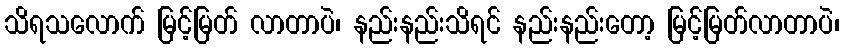
သိရသလောက် မြင့်မြတ် လာတာပဲ၊ နည်းနည်းသိရင် နည်းနည်းတော့ မြင့်မြတ်လာတာပဲ၊